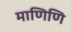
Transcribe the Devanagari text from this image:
माणिणि